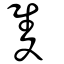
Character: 隻